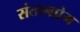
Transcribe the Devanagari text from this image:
संतानप्रेम